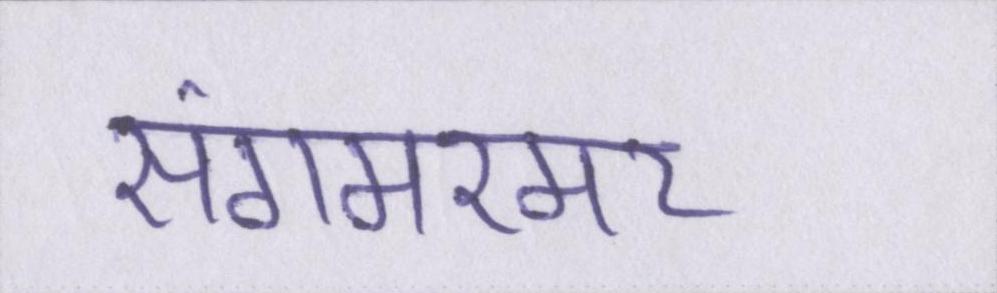
संगमरमर